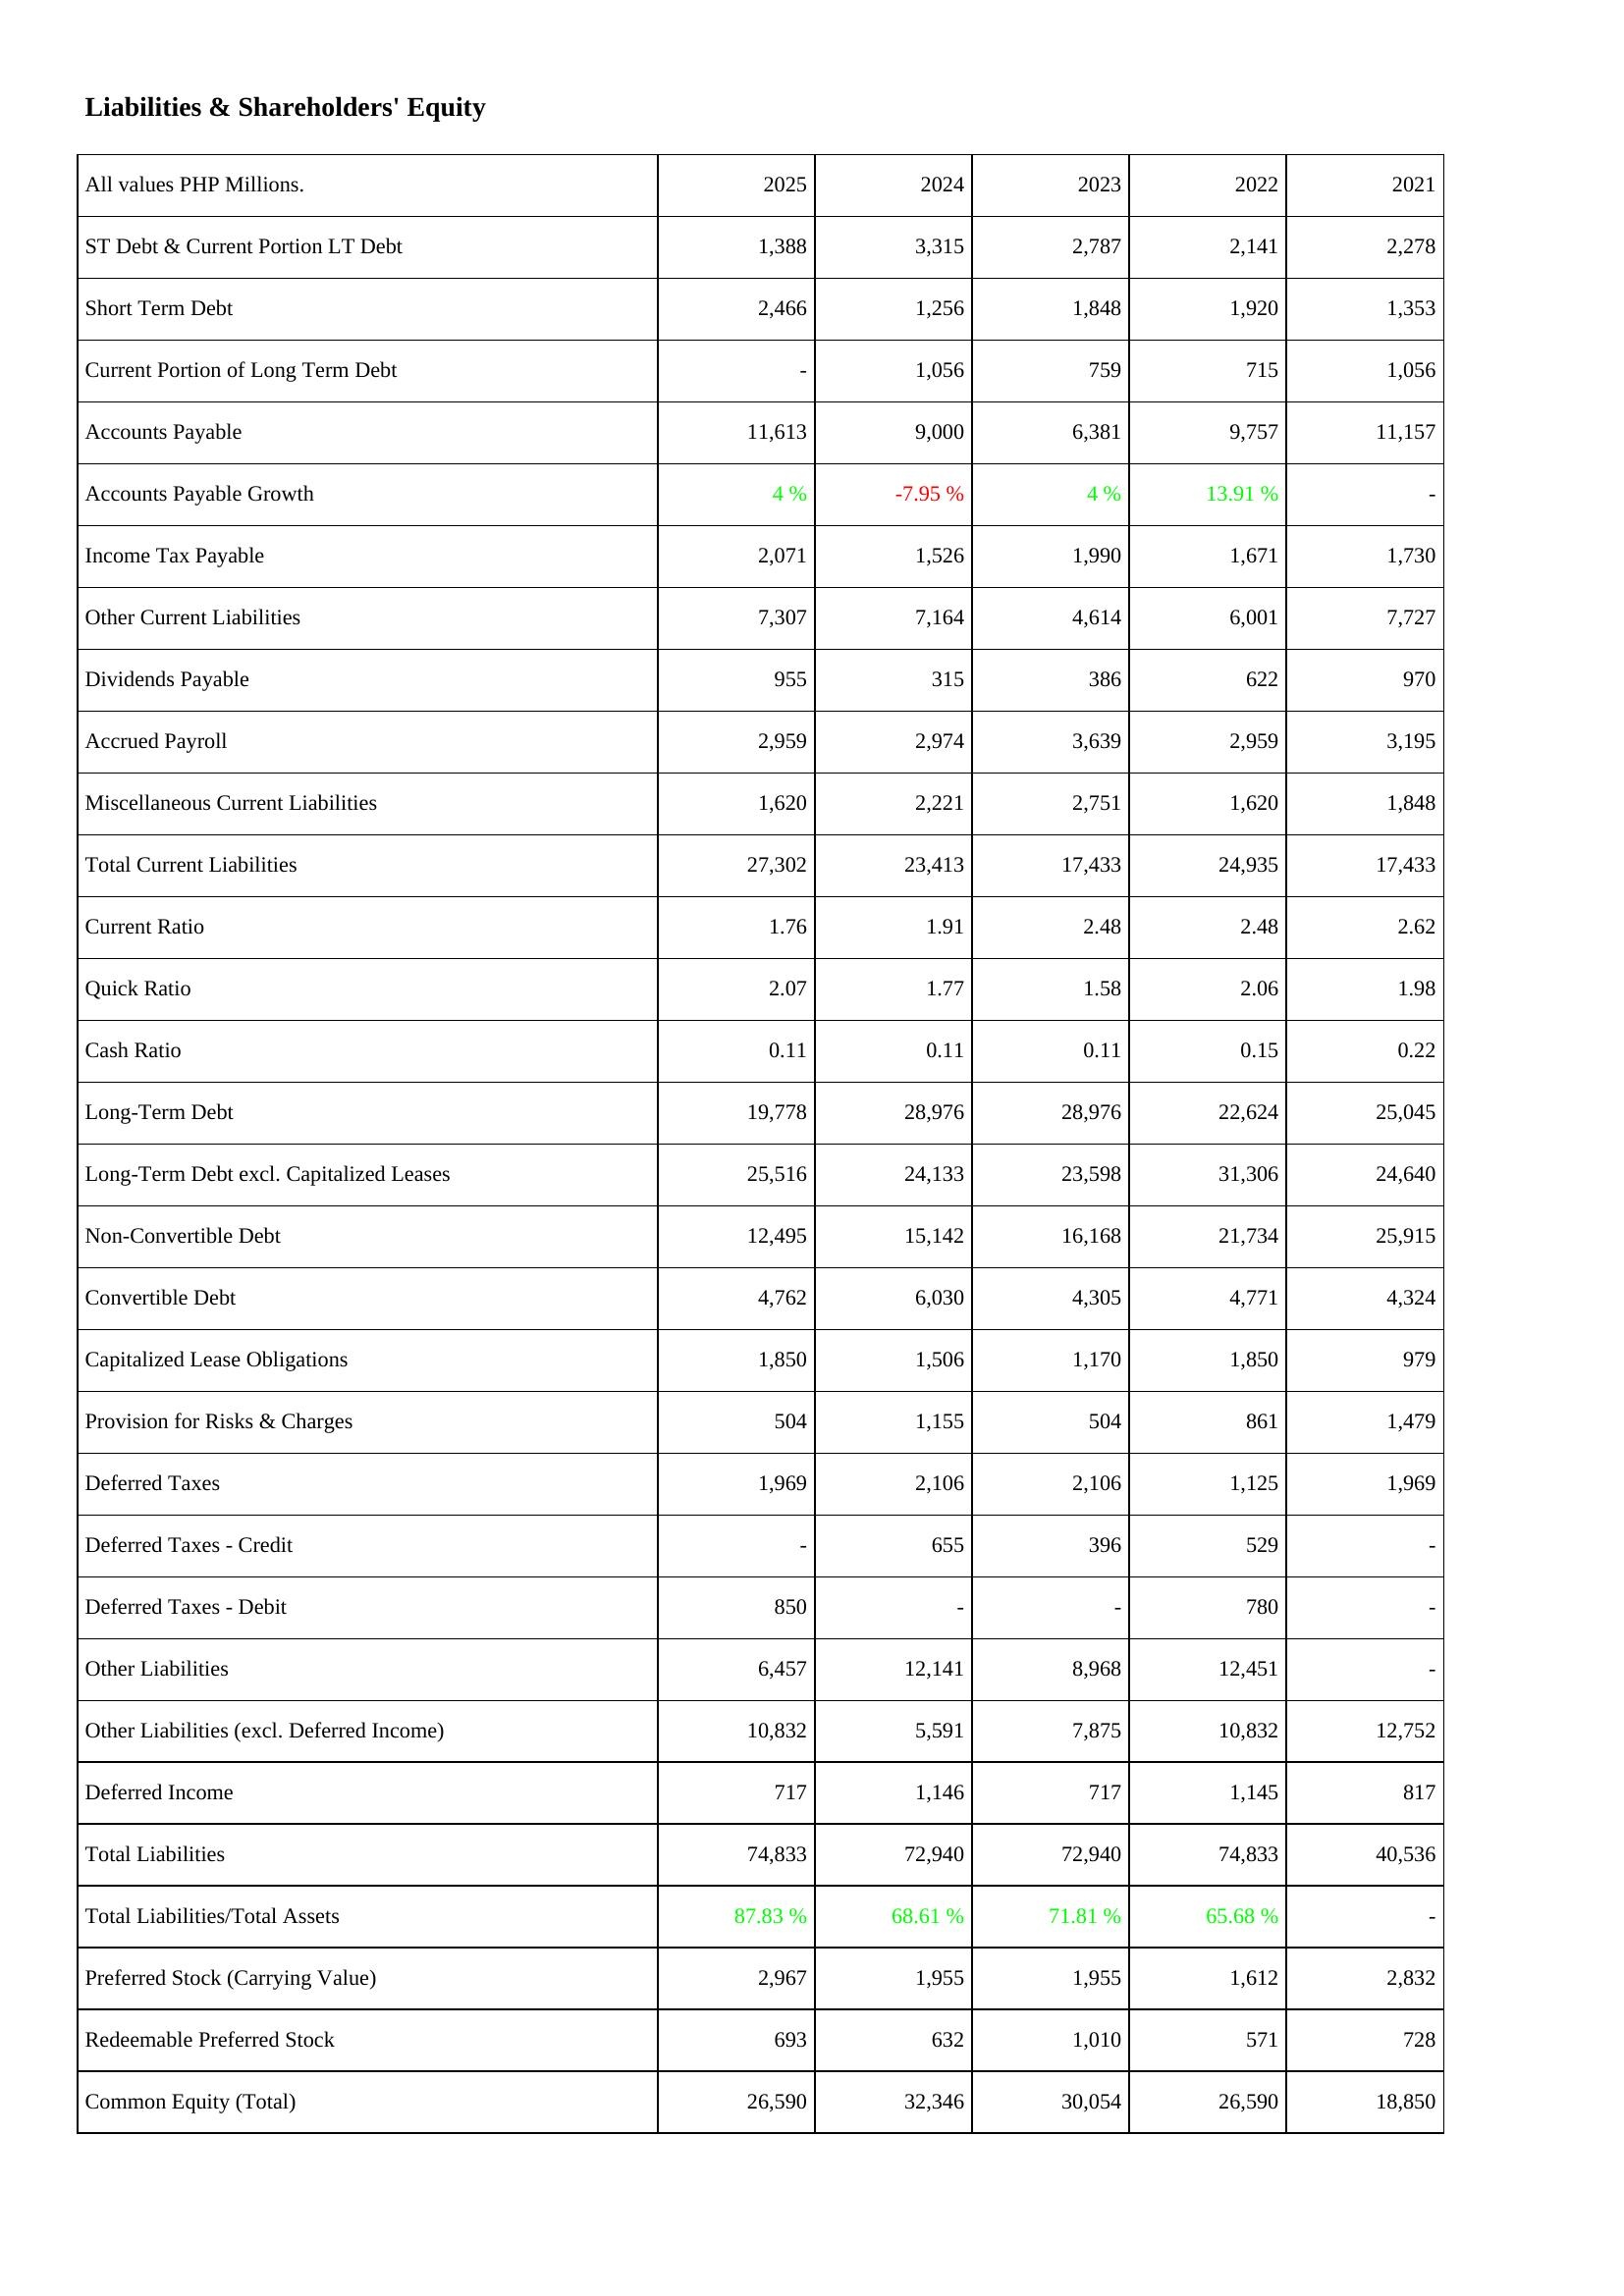
2025: Liabilities & Shareholders' Equity: ST Debt & Current Portion LT Debt: 1,388
Short Term Debt: 2,466
Current Portion of Long Term Debt: -
Accounts Payable: 11,613
Accounts Payable Growth: 4 %
Income Tax Payable: 2,071
Other Current Liabilities: 7,307
Dividends Payable: 955
Accrued Payroll: 2,959
Miscellaneous Current Liabilities: 1,620
Total Current Liabilities: 27,302
Current Ratio: 1.76
Quick Ratio: 2.07
Cash Ratio: 0.11
Long-Term Debt: 19,778
Long-Term Debt excl. Capitalized Leases: 25,516
Non-Convertible Debt: 12,495
Convertible Debt: 4,762
Capitalized Lease Obligations: 1,850
Provision for Risks & Charges: 504
Deferred Taxes: 1,969
Deferred Taxes - Credit: -
Deferred Taxes - Debit: 850
Other Liabilities: 6,457
Other Liabilities (excl. Deferred Income): 10,832
Deferred Income: 717
Total Liabilities: 74,833
Total Liabilities/Total Assets: 87.83 %
Preferred Stock (Carrying Value): 2,967
Redeemable Preferred Stock: 693
Common Equity (Total): 26,590
2024: Liabilities & Shareholders' Equity: ST Debt & Current Portion LT Debt: 3,315
Short Term Debt: 1,256
Current Portion of Long Term Debt: 1,056
Accounts Payable: 9,000
Accounts Payable Growth: -7.95 %
Income Tax Payable: 1,526
Other Current Liabilities: 7,164
Dividends Payable: 315
Accrued Payroll: 2,974
Miscellaneous Current Liabilities: 2,221
Total Current Liabilities: 23,413
Current Ratio: 1.91
Quick Ratio: 1.77
Cash Ratio: 0.11
Long-Term Debt: 28,976
Long-Term Debt excl. Capitalized Leases: 24,133
Non-Convertible Debt: 15,142
Convertible Debt: 6,030
Capitalized Lease Obligations: 1,506
Provision for Risks & Charges: 1,155
Deferred Taxes: 2,106
Deferred Taxes - Credit: 655
Deferred Taxes - Debit: -
Other Liabilities: 12,141
Other Liabilities (excl. Deferred Income): 5,591
Deferred Income: 1,146
Total Liabilities: 72,940
Total Liabilities/Total Assets: 68.61 %
Preferred Stock (Carrying Value): 1,955
Redeemable Preferred Stock: 632
Common Equity (Total): 32,346
2023: Liabilities & Shareholders' Equity: ST Debt & Current Portion LT Debt: 2,787
Short Term Debt: 1,848
Current Portion of Long Term Debt: 759
Accounts Payable: 6,381
Accounts Payable Growth: 4 %
Income Tax Payable: 1,990
Other Current Liabilities: 4,614
Dividends Payable: 386
Accrued Payroll: 3,639
Miscellaneous Current Liabilities: 2,751
Total Current Liabilities: 17,433
Current Ratio: 2.48
Quick Ratio: 1.58
Cash Ratio: 0.11
Long-Term Debt: 28,976
Long-Term Debt excl. Capitalized Leases: 23,598
Non-Convertible Debt: 16,168
Convertible Debt: 4,305
Capitalized Lease Obligations: 1,170
Provision for Risks & Charges: 504
Deferred Taxes: 2,106
Deferred Taxes - Credit: 396
Deferred Taxes - Debit: -
Other Liabilities: 8,968
Other Liabilities (excl. Deferred Income): 7,875
Deferred Income: 717
Total Liabilities: 72,940
Total Liabilities/Total Assets: 71.81 %
Preferred Stock (Carrying Value): 1,955
Redeemable Preferred Stock: 1,010
Common Equity (Total): 30,054
2022: Liabilities & Shareholders' Equity: ST Debt & Current Portion LT Debt: 2,141
Short Term Debt: 1,920
Current Portion of Long Term Debt: 715
Accounts Payable: 9,757
Accounts Payable Growth: 13.91 %
Income Tax Payable: 1,671
Other Current Liabilities: 6,001
Dividends Payable: 622
Accrued Payroll: 2,959
Miscellaneous Current Liabilities: 1,620
Total Current Liabilities: 24,935
Current Ratio: 2.48
Quick Ratio: 2.06
Cash Ratio: 0.15
Long-Term Debt: 22,624
Long-Term Debt excl. Capitalized Leases: 31,306
Non-Convertible Debt: 21,734
Convertible Debt: 4,771
Capitalized Lease Obligations: 1,850
Provision for Risks & Charges: 861
Deferred Taxes: 1,125
Deferred Taxes - Credit: 529
Deferred Taxes - Debit: 780
Other Liabilities: 12,451
Other Liabilities (excl. Deferred Income): 10,832
Deferred Income: 1,145
Total Liabilities: 74,833
Total Liabilities/Total Assets: 65.68 %
Preferred Stock (Carrying Value): 1,612
Redeemable Preferred Stock: 571
Common Equity (Total): 26,590
2021: Liabilities & Shareholders' Equity: ST Debt & Current Portion LT Debt: 2,278
Short Term Debt: 1,353
Current Portion of Long Term Debt: 1,056
Accounts Payable: 11,157
Accounts Payable Growth: -
Income Tax Payable: 1,730
Other Current Liabilities: 7,727
Dividends Payable: 970
Accrued Payroll: 3,195
Miscellaneous Current Liabilities: 1,848
Total Current Liabilities: 17,433
Current Ratio: 2.62
Quick Ratio: 1.98
Cash Ratio: 0.22
Long-Term Debt: 25,045
Long-Term Debt excl. Capitalized Leases: 24,640
Non-Convertible Debt: 25,915
Convertible Debt: 4,324
Capitalized Lease Obligations: 979
Provision for Risks & Charges: 1,479
Deferred Taxes: 1,969
Deferred Taxes - Credit: -
Deferred Taxes - Debit: -
Other Liabilities: -
Other Liabilities (excl. Deferred Income): 12,752
Deferred Income: 817
Total Liabilities: 40,536
Total Liabilities/Total Assets: -
Preferred Stock (Carrying Value): 2,832
Redeemable Preferred Stock: 728
Common Equity (Total): 18,850